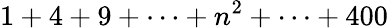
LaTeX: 1+4+9+\cdots+n^{2}+\cdots+400